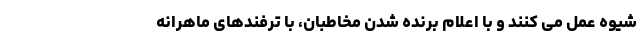
شیوه عمل می کنند و با اعلام برنده شدن مخاطبان، با ترفندهای ماهرانه